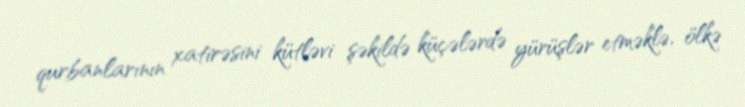
qurbanlarının xatirəsini kütləvi şəkildə küçələrdə yürüşlər etməklə, ölkə